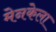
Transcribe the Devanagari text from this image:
मेनकेला